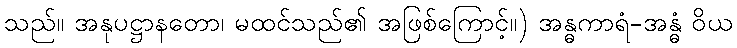
သည်။ အနုပဋ္ဌာနတော၊ မထင်သည်၏ အဖြစ်ကြောင့်။) အန္ဓကာရံ-အန္ဓံ ဝိယ